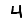
Digit: 4